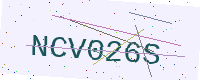
Text: NCV026S